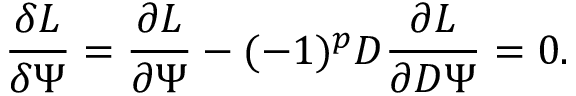
{ \frac { \delta L } { \delta \Psi } } = { \frac { \partial L } { \partial \Psi } } - ( - 1 ) ^ { p } D { \frac { \partial L } { \partial D \Psi } } = 0 .